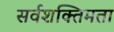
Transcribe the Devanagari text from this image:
सर्वशक्तिमता